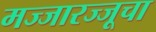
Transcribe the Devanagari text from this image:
मज्जारज्जूचा